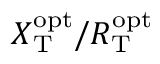
X _ { \mathrm { T } } ^ { \mathrm { o p t } } / R _ { \mathrm { T } } ^ { \mathrm { o p t } }